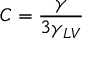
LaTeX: C = { \frac { \gamma } { 3 \gamma _ { L V } } }